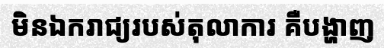
មិនឯករាជ្យរបស់តុលាការ គឺបង្ហាញ